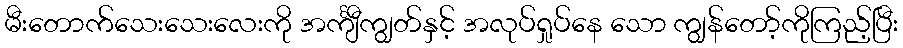
မီးတောက်သေးသေးလေးကို အင်္ကျီကျွတ်နှင့် အလုပ်ရှုပ်နေ သော ကျွန်တော့်ကိုကြည့်ပြီး